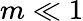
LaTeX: m\ll 1